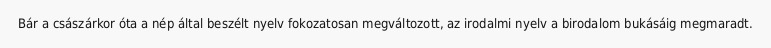
Bár a császárkor óta a nép által beszélt nyelv fokozatosan megváltozott, az irodalmi nyelv a birodalom bukásáig megmaradt.